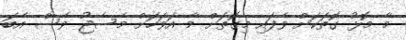
މާ މޮޅު ގޮތަކަށް ވެފައި މިގޮތަށް މާ އަވަހަށް މެސެޖު ވެސް އެބަ